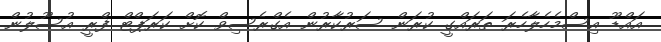
އައްޑޫ އިސްމެހެލާހެރަ ތަރައްގީ ކުރަން ސަރުކާރުން އެގްރެސިވް ކޮށް ކަރަޕްޓް ފްރީ އުސޫލުން